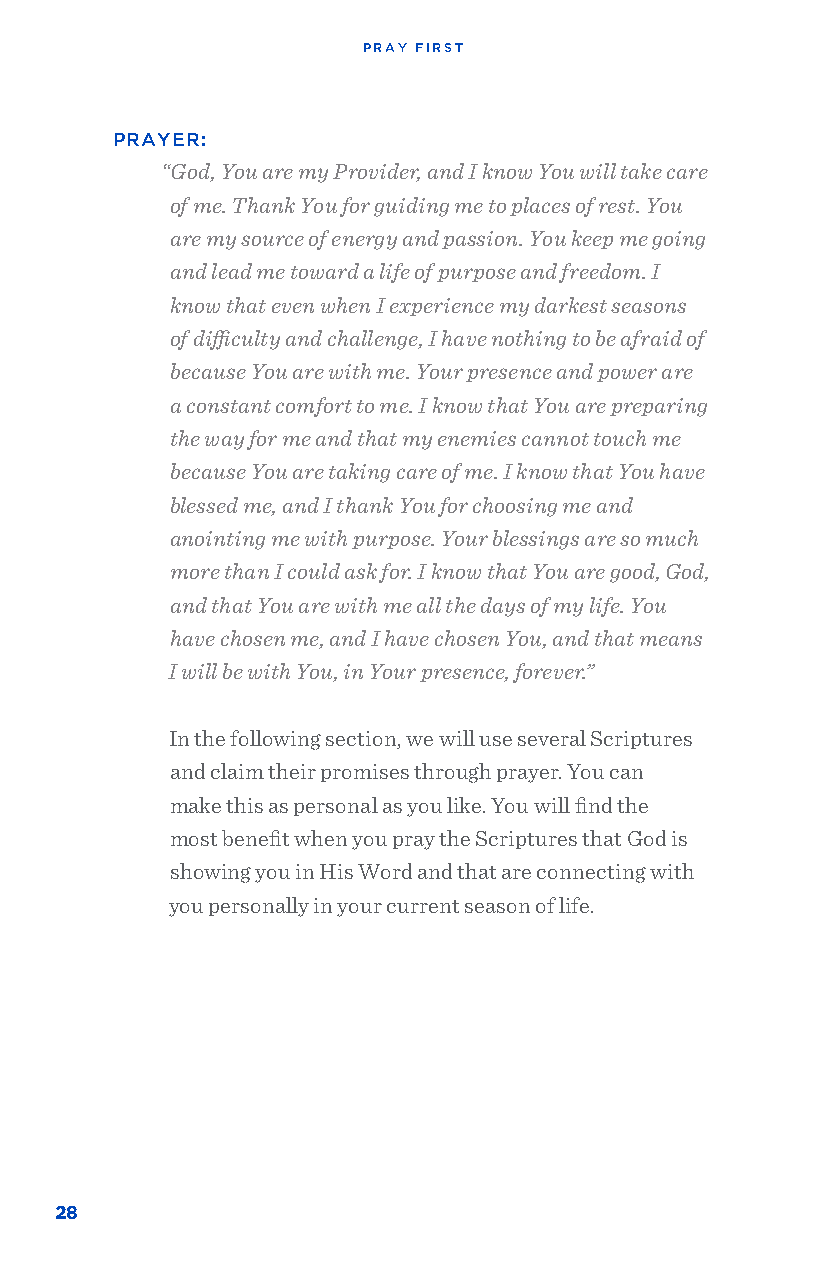
PRAY FIRST
 PRAYER:
 “God, You are my Provider, and I know You will take care
 of me. Thank You for guiding me to places of rest. You
 are my source of energy and passion. You keep me going
 and lead me toward a life of purpose and freedom. I
 know that even when I experience my darkest seasons
 of difficulty and challenge, I have nothing to be afraid of
 because You are with me. Your presence and power are
 a constant comfort to me. I know that You are preparing
 the way for me and that my enemies cannot touch me
 because You are taking care of me. I know that You have
 blessed me, and I thank You for choosing me and
 anointing me with purpose. Your blessings are so much
 more than I could ask for. I know that You are good, God,
 and that You are with me all the days of my life. You
 have chosen me, and I have chosen You, and that means
 I will be with You, in Your presence, forever.”
 In the following section, we will use several Scriptures
 and claim their promises through prayer. You can
 make this as personal as you like. You will find the
 most benefit when you pray the Scriptures that God is
 showing you in His Word and that are connecting with
 you personally in your current season of life.
 28